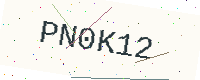
Text: PN0K12